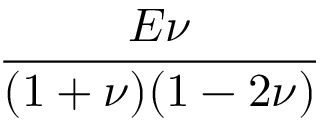
\frac { E \nu } { ( 1 + \nu ) ( 1 - 2 \nu ) }